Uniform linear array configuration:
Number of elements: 64
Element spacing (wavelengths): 1
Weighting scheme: kaiser
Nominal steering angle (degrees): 45
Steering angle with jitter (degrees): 44.23
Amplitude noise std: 0.05
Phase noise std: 0.05

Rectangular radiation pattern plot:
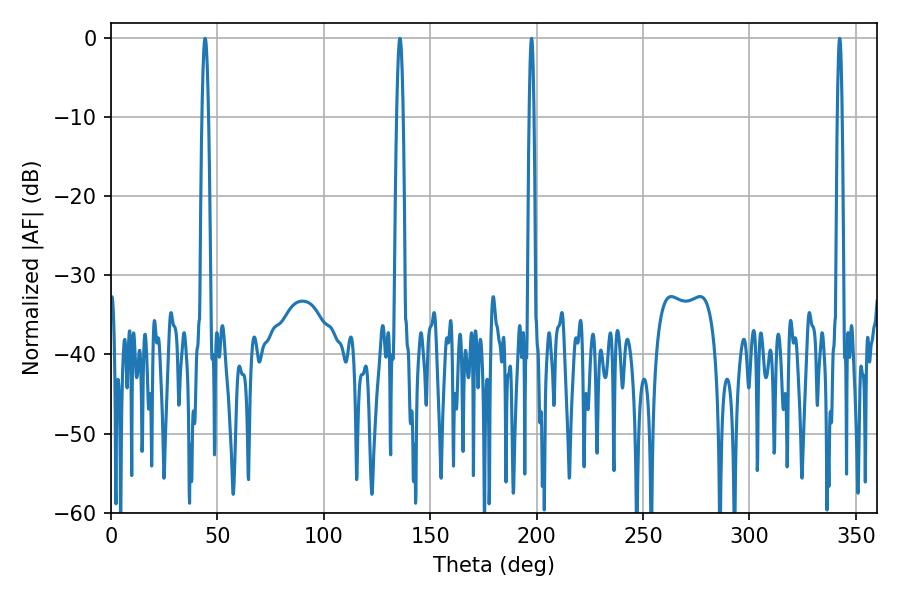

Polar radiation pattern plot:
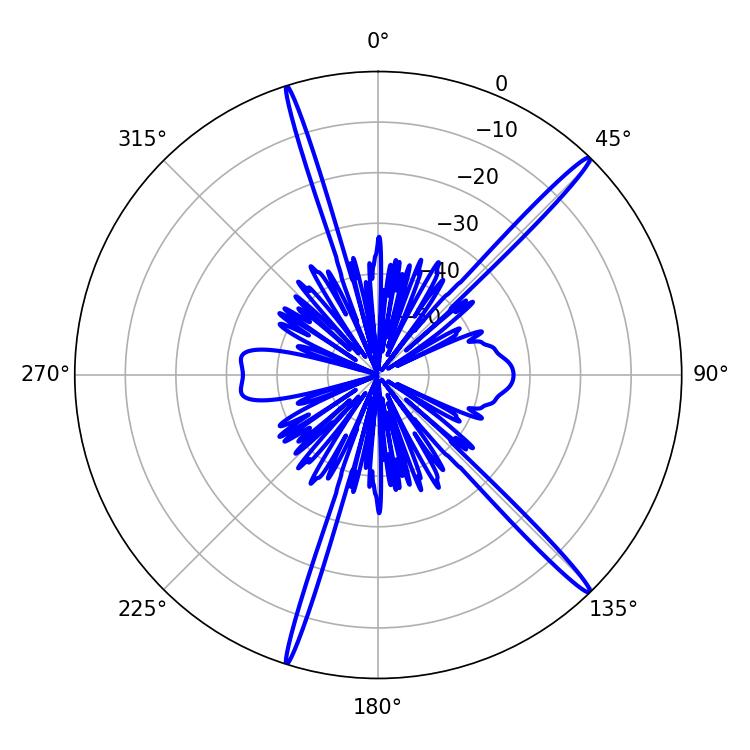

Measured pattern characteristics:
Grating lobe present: TRUE
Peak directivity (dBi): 18.144
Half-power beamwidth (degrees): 1.08
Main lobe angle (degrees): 342.36